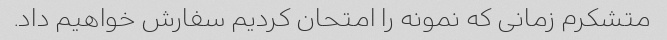
متشکرم زمانی که نمونه را امتحان کردیم سفارش خواهیم داد.